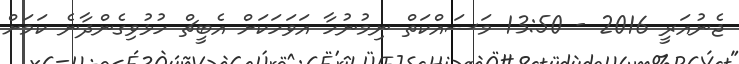
ޖެނުއަރީ 2016 - 13:50 މަސައްކަތް ނިމުނުހާ އަވަހަކަށް އެބީޗް ހުޅުވިގެންދާނެ ކަމަށް